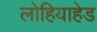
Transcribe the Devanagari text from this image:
लोहियाहेड